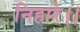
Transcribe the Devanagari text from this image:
निहारे।।